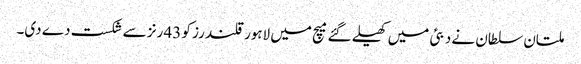
ملتان سلطان نے دبئی میں کھیلے گئے میچ میں لاہور قلندرز کو 43 رنز سے شکست دے دی۔